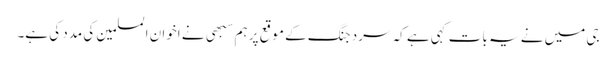
جی میں نے یہ بات کہی ہے کہ سرد جنگ کے موقع پر ہم سبهی نے اخوان المسلمین کی مدد کی ہے۔